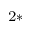
^ { 2 * }